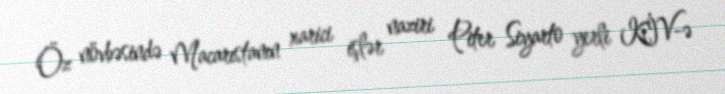
Öz növbəsində Macarıstanın xarici işlər naziri Piter Siyarto yerli KİV-ə